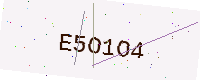
Text: E5O1O4